Annual report of the Imperial Bacteriological Laboratory, Muktesar
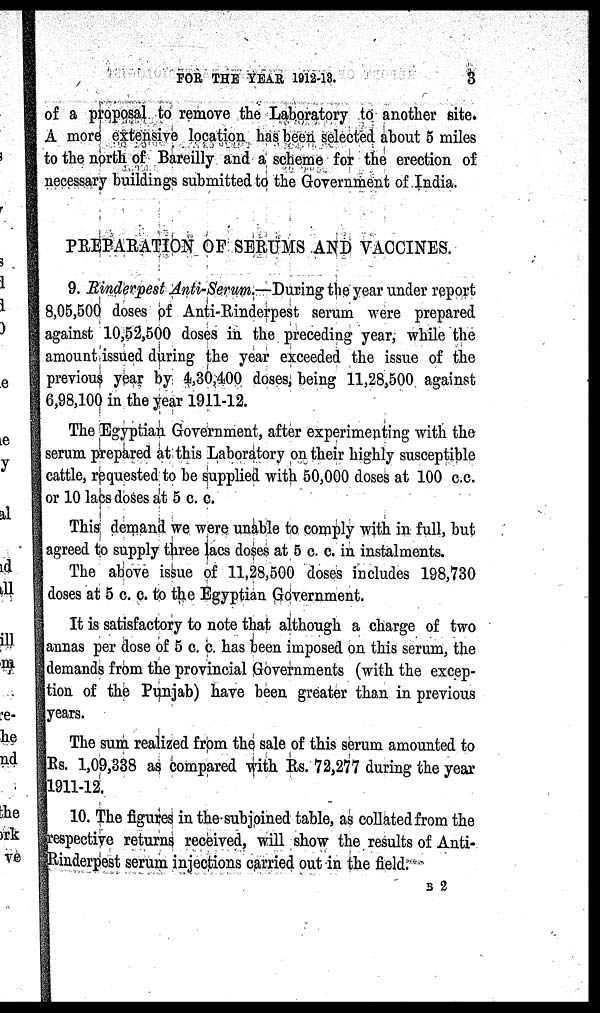
FOR THE YEAR 1912-13.
3
of a proposal to remove the Laboratory to another site.
A more extensive location has been selected about 5 miles
to the north of Bareilly and a scheme for the erection of
necessary buildings submitted to the Government of India.
PREPARATION OF SERUMS AND VACCINES.
9. Rinderpest Anti-Serum.—During the year under report
8,05,500 doses of Anti-Rinderpest serum were prepared
against 10,52,500 doses in the preceding year, while the
amount issued during the year exceeded the issue of the
previous year by 4,30,400 doses, being 11,28,500 against
6,98,100 in the year 1911-12.
The Egyptian Government, after experimenting with the
serum prepared at this Laboratory on their highly susceptible
cattle, requested to be supplied with 50,000 doses at 100 c.c.
or 10 lacs doses at 5 c. c.
This demand we were unable to comply with in full, but
agreed to supply three lacs doses at 5 c. c. in instalments.
The above issue of 11,28,500 doses includes 198,730
doses at 5 c. c. to the Egyptian Government.
It is satisfactory to note that although a charge of two
annas per dose of 5 c. c. has been imposed on this serum, the
demands from the provincial Governments (with the excep-
tion of the Punjab) have been greater than in previous
years.
The sum realized from the sale of this serum amounted to
Rs. 1,09,338 as compared with Rs. 72,277 during the year
1911-12.
10. The figures in the subjoined table, as collated from the
respective returns received, will show the results of Anti-
Rinderpest serum injections carried out in the field.
B 2